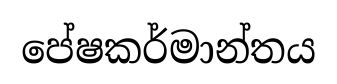
පේෂකර්මාන්තය